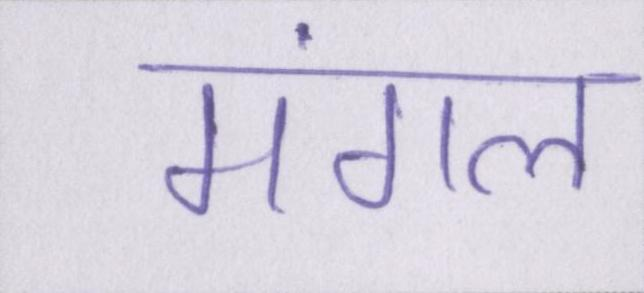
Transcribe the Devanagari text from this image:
मंगल